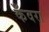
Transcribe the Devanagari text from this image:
कँवरा